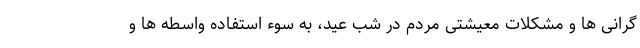
گرانی ها و مشکلات معیشتی مردم در شب عید، به سوء استفاده واسطه ها و